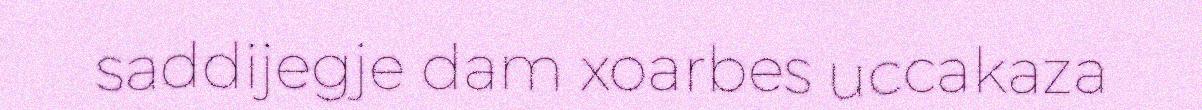
saddijegje dam xoarbes uccakaza